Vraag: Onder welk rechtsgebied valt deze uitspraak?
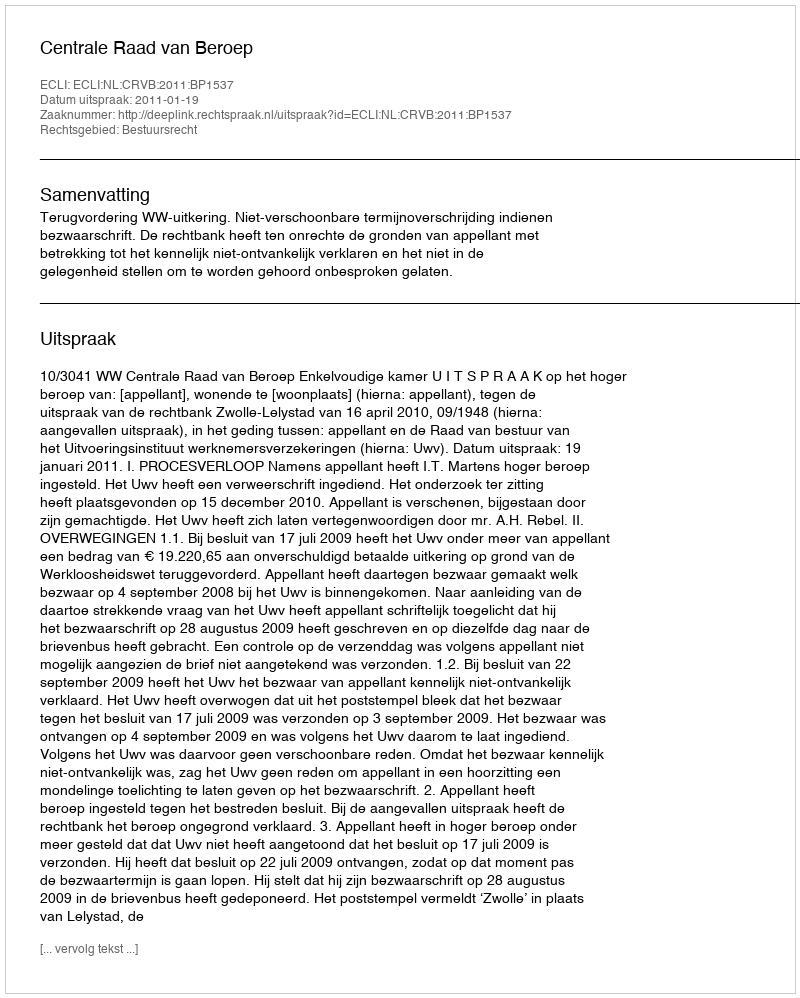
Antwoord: Bestuursrecht